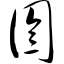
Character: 囹